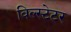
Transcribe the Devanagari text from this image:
विल्स्टेटर